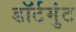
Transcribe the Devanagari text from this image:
डॉर्टमुंट